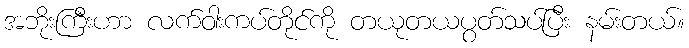
အဘိုးကြီးဟာ လက်ဝါးကပ်တိုင်ကို တယုတယပွတ်သပ်ပြီး နမ်းတယ်။